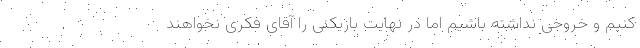
کنیم و خروجی نداشته باشیم اما در نهایت بازیکنی را آقای فکری نخواهند